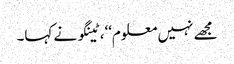
مجھے نہیں معلوم‘‘، ٹینگو نے کہا۔